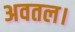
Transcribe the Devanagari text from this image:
अवतल।